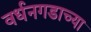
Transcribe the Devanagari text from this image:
वर्धनगडाच्या